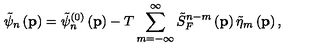
\tilde { \psi } _ { n } \left( \mathbf { p } \right) = \tilde { \psi } _ { n } ^ { \left( 0 \right) } \left( \mathbf { p } \right) - T \sum _ { m = - \infty } ^ { \infty } \tilde { S } _ { F } ^ { n - m } \left( \mathbf { p } \right) \tilde { \eta } _ { m } \left( \mathbf { p } \right) ,